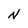
Character: N